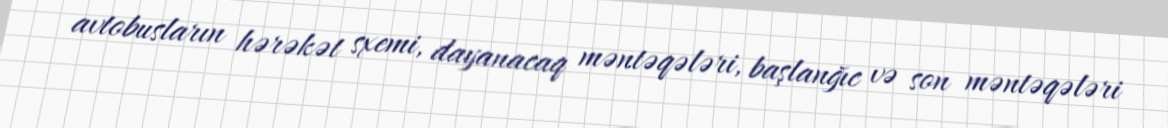
avtobusların hərəkət sxemi, dayanacaq məntəqələri, başlanğıc və son məntəqələri